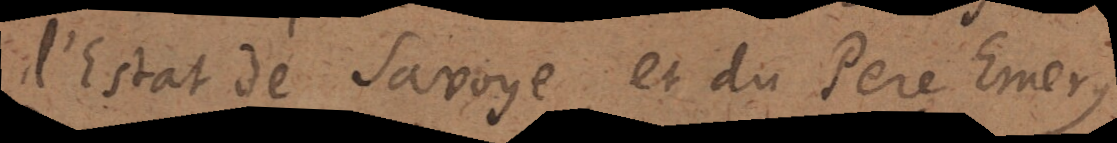
l’estat de savoye et du Pere Emery